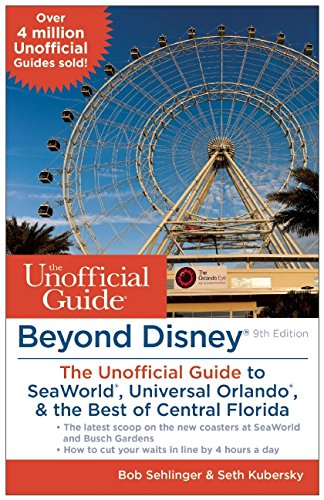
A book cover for Beyond Disney: The Unofficial Guide to SeaWorld, Universal Orlando, & the Best of Central Florida; Bob Sehlinger; Travel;